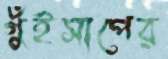
গুঁইসাপের